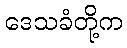
ဒေသခံတို့က